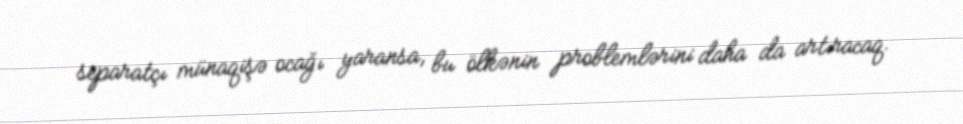
separatçı münaqişə ocağı yaransa, bu ölkənin problemlərini daha da artıracaq.